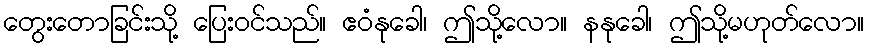
တွေးတောခြင်းသို့ ပြေးဝင်သည်။ ဧဝံနုခေါ၊ ဤသို့လော။ နနုခေါ၊ ဤသို့မဟုတ်လော။